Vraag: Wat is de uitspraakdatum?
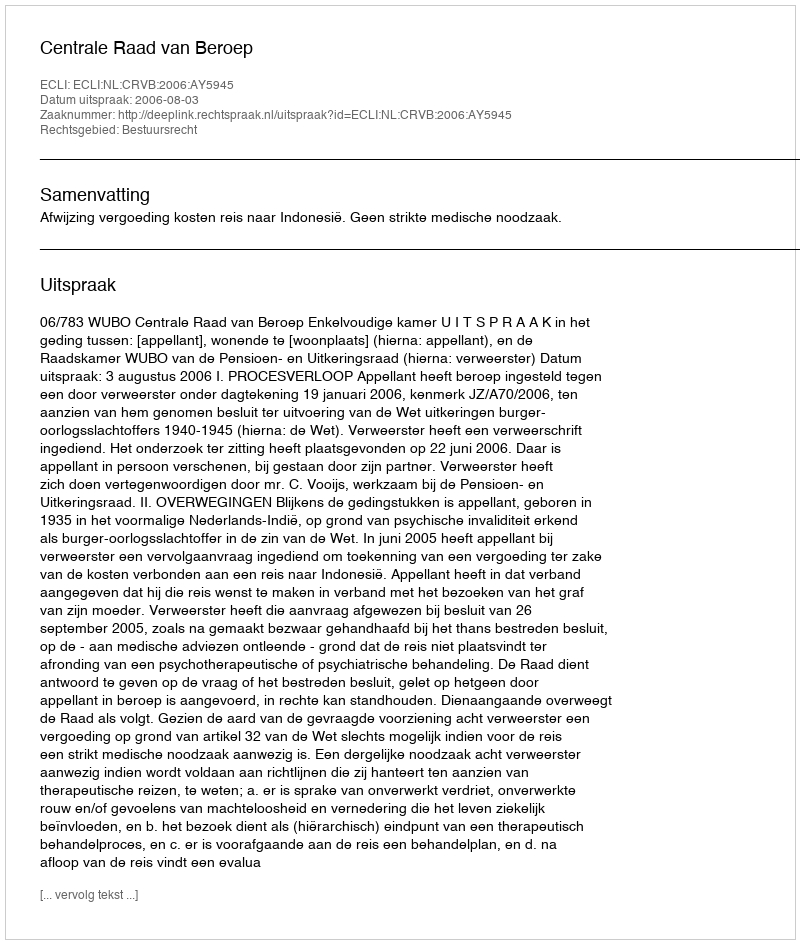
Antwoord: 2006-08-03